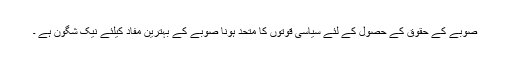
صوبے کے حقوق کے حصول کے لئے سیاسی قوتوں کا متحد ہونا صوبے کے بہترین مفاد کیلئے نیک شگون ہے ۔